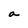
Character: a